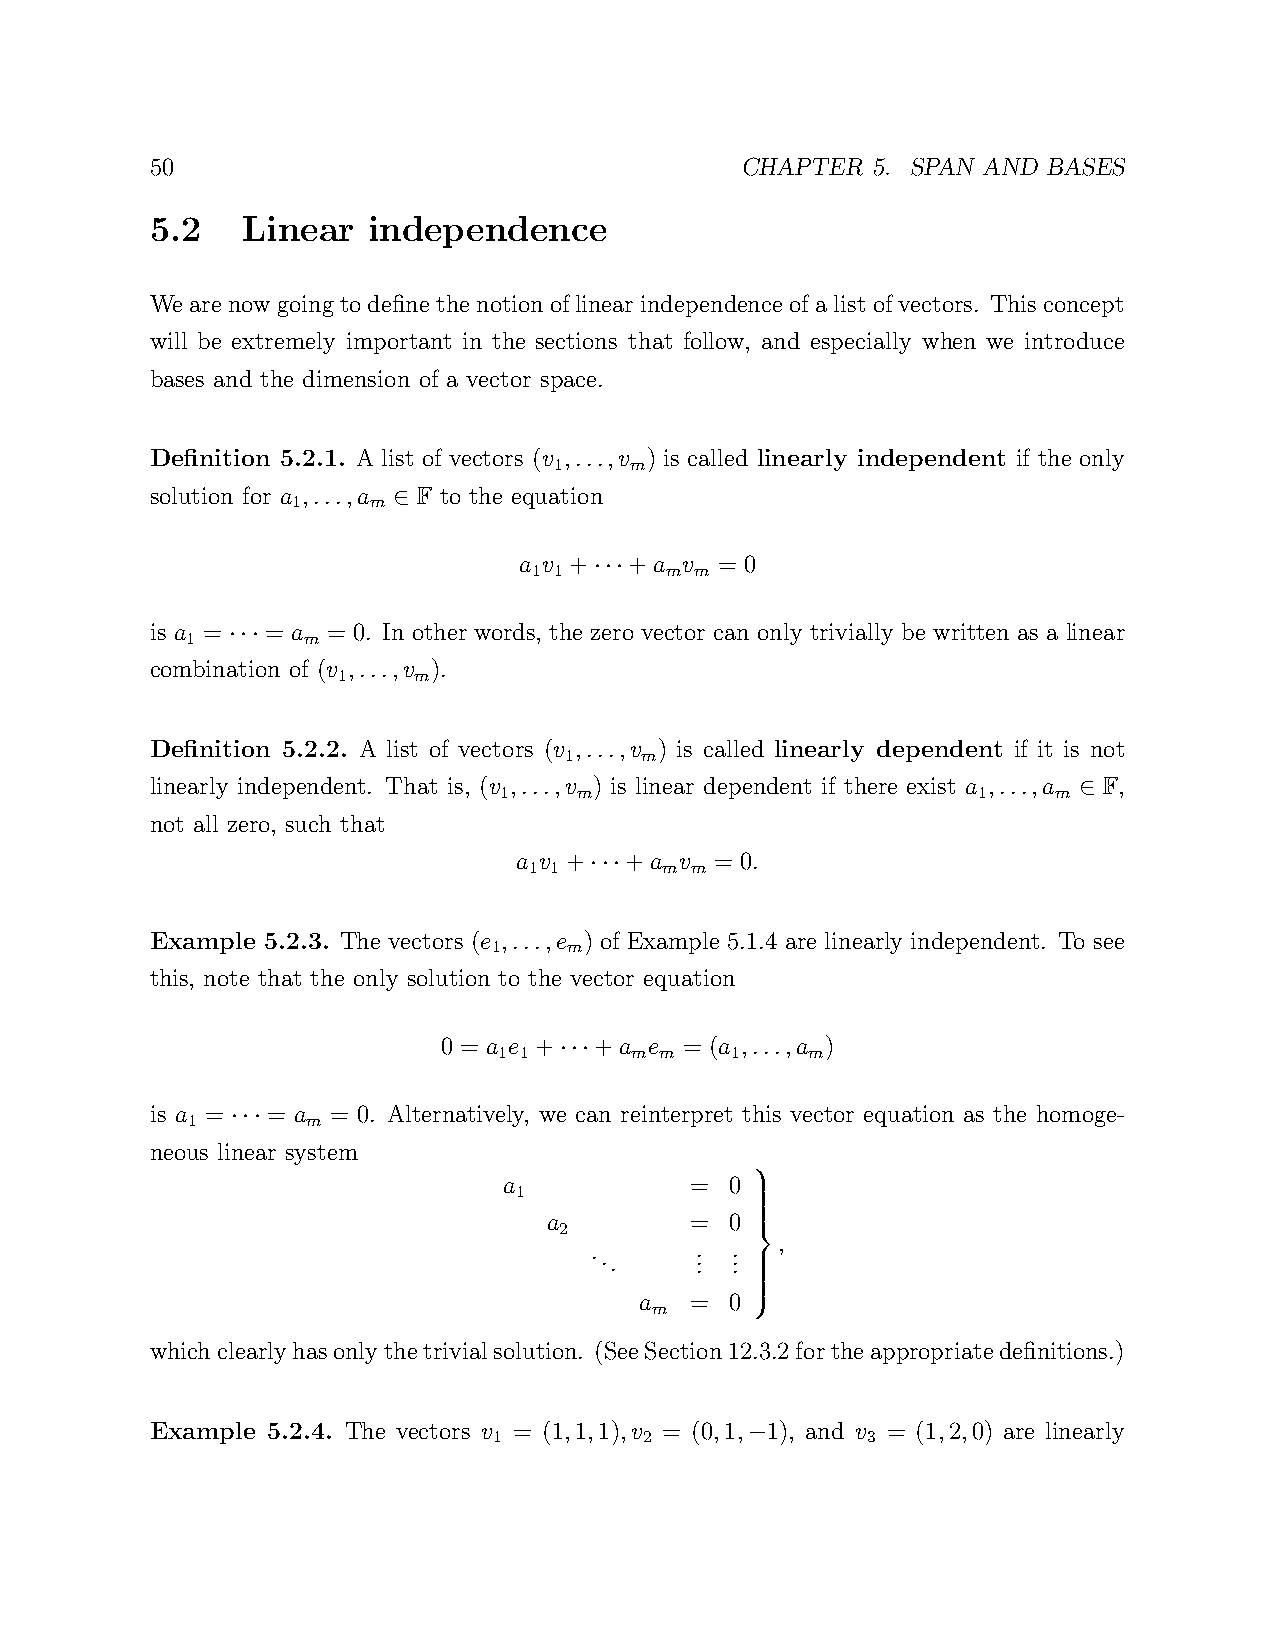
50                                     CHAPTER  5. SPAN AND BASES
 5.2   Linear  independence
 Wearenowgoingtodefine thenotionoflinear independence ofalistofvectors. This concept
 will be extremely important in the sections that follow, and especially when we introduce
 bases and the dimension of a vector space.
 Definition 5.2.1. A list of vectors (v ,...,v ) is called linearly independent if the only
 1    m
 solution for a ,...,a F to the equation
 1    m
 ∈
 a v +   +a v  = 0
 1 1      m m
 ···
 is a =  = a = 0. In other words, the zero vector can only trivially be written as a linear
 1       m
 ···
 combination of (v ,...,v ).
 1    m
 Definition 5.2.2. A list of vectors (v ,...,v ) is called linearly dependent if it is not
 1    m
 linearly independent. That is, (v ,...,v ) is linear dependent if there exist a ,...,a F,
 1    m                          1    m
 ∈
 not all zero, such that
 a v +  +a  v = 0.
 1 1      m m
 ···
 Example 5.2.3. The vectors (e ,...,e ) of Example 5.1.4 are linearly independent. To see
 1    m
 this, note that the only solution to the vector equation
 0 = a e + +a  e = (a ,...,a )
 1 1      m m   1     m
 ···
 is a =  = a = 0. Alternatively, we can reinterpret this vector equation as the homoge-
 1       m
 ···
 neous linear system
 a            = 0
 1
 a         = 0
 2            
 ...    . .
 .
 . .
 .
   ,
 
 
 a   = 0
 m
 
 
 
 whichclearlyhasonlythetrivialsolution. (SeeSection12 .3.2fortheappropriatedefinitions.)
 Example 5.2.4. The vectors v = (1,1,1),v = (0,1, 1), and v = (1,2,0) are linearly
 1         2             3
 −